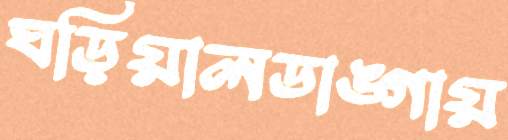
ঘড়িয়ালডাঙ্গায়